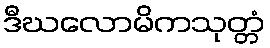
ဒီဃလောမိကသုတ္တံ